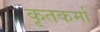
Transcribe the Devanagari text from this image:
कृतकर्मा